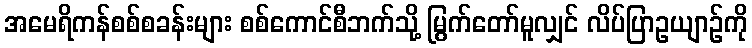
အမေရိကန်စစ်စခန်းများ စစ်ကောင်စီဘက်သို့ မြွက်တော်မူလျှင် လိပ်ပြာဥယျာဉ်ကို